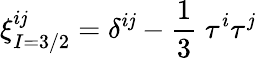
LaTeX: \xi_{I=3/2}^{i\mathit{j}}=\delta^{i\mathit{j}}-\frac{{1}}{{3}}\; \tau^{i}\tau^{\mathit{j}}